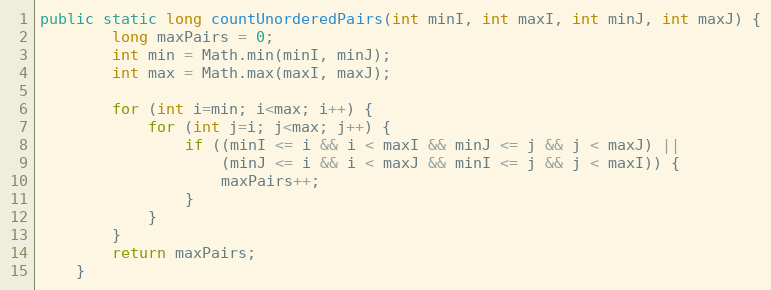
Language: Java
public static long countUnorderedPairs(int minI, int maxI, int minJ, int maxJ) {
        long maxPairs = 0;
        int min = Math.min(minI, minJ);
        int max = Math.max(maxI, maxJ);

        for (int i=min; i<max; i++) {
            for (int j=i; j<max; j++) {
                if ((minI <= i && i < maxI && minJ <= j && j < maxJ) ||
                    (minJ <= i && i < maxJ && minI <= j && j < maxI)) {
                    maxPairs++;
                }
            }
        }
        return maxPairs;
    }